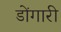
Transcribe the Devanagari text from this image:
डोंगारी